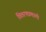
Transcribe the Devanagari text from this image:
वितरणप्रणाली